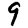
Digit: 9